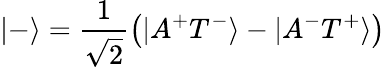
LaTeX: |-\rangle=\frac{1}{\sqrt{2}}\left(|A^{+}T^{-}\rangle-|A^{-}T^{+}\rangle\right)